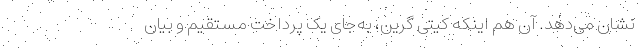
نشان می‌دهد. آن هم اینکه کیتی گرین، به‌جای یک پرداخت مستقیم و بیان